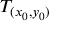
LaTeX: T _ { ( x _ { 0 } , y _ { 0 } ) }